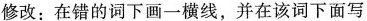
修改:在错的词下画一横线，并在该词下面写